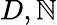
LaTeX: D,\mathbb{N}